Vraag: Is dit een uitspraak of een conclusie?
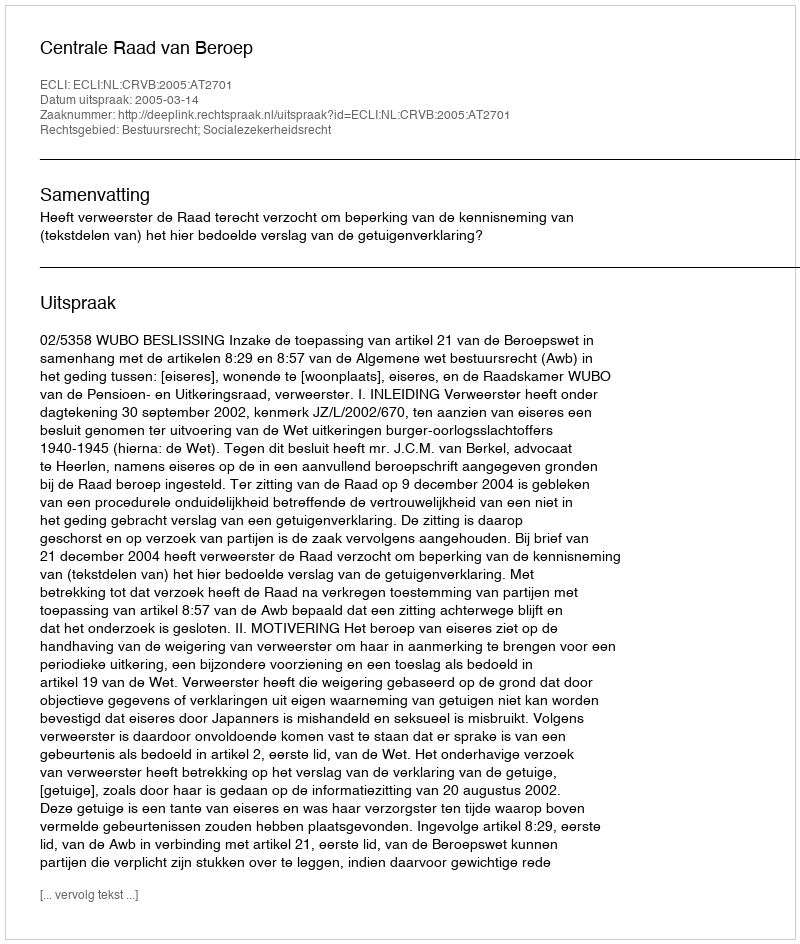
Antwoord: Uitspraak